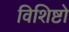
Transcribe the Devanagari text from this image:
विशिष्टो